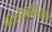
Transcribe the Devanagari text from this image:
अल्हैयाबिलावल